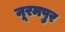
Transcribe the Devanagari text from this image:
नूरमपुर